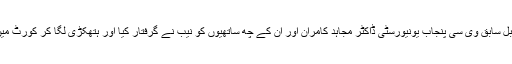
چند روز قبل سابق وی سی پنجاب یونیورسٹی ڈاکٹر مجاہد کامران اور ان کے چھ ساتھیوں کو نیب نے گرفتار کیا اور ہتھکڑی لگا کر کورٹ میں پیش کیا۔